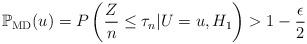
LaTeX: \begin{align*}\mathbb{P}_{\rm MD}(u) = P\left(\frac{Z}{n} \leq \tau_n | U=u, H_1 \right) > 1 - \frac{\epsilon}{2}\end{align*}